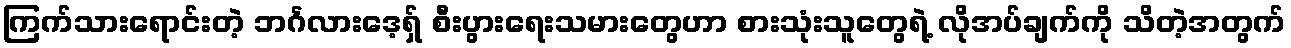
ကြက်သားရောင်းတဲ့ ဘင်္ဂလားဒေ့ရှ် စီးပွားရေးသမားတွေဟာ စားသုံးသူတွေရဲ့ လိုအပ်ချက်ကို သိတဲ့အတွက်